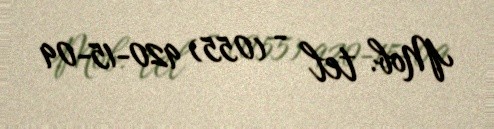
Mob. tel - (055) 920-15-09